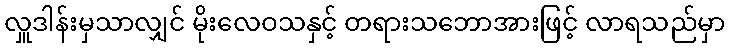
လှူဒါန်းမှသာလျှင် မိုးလေဝသနှင့် တရားသဘောအားဖြင့် လာရသည်မှာ